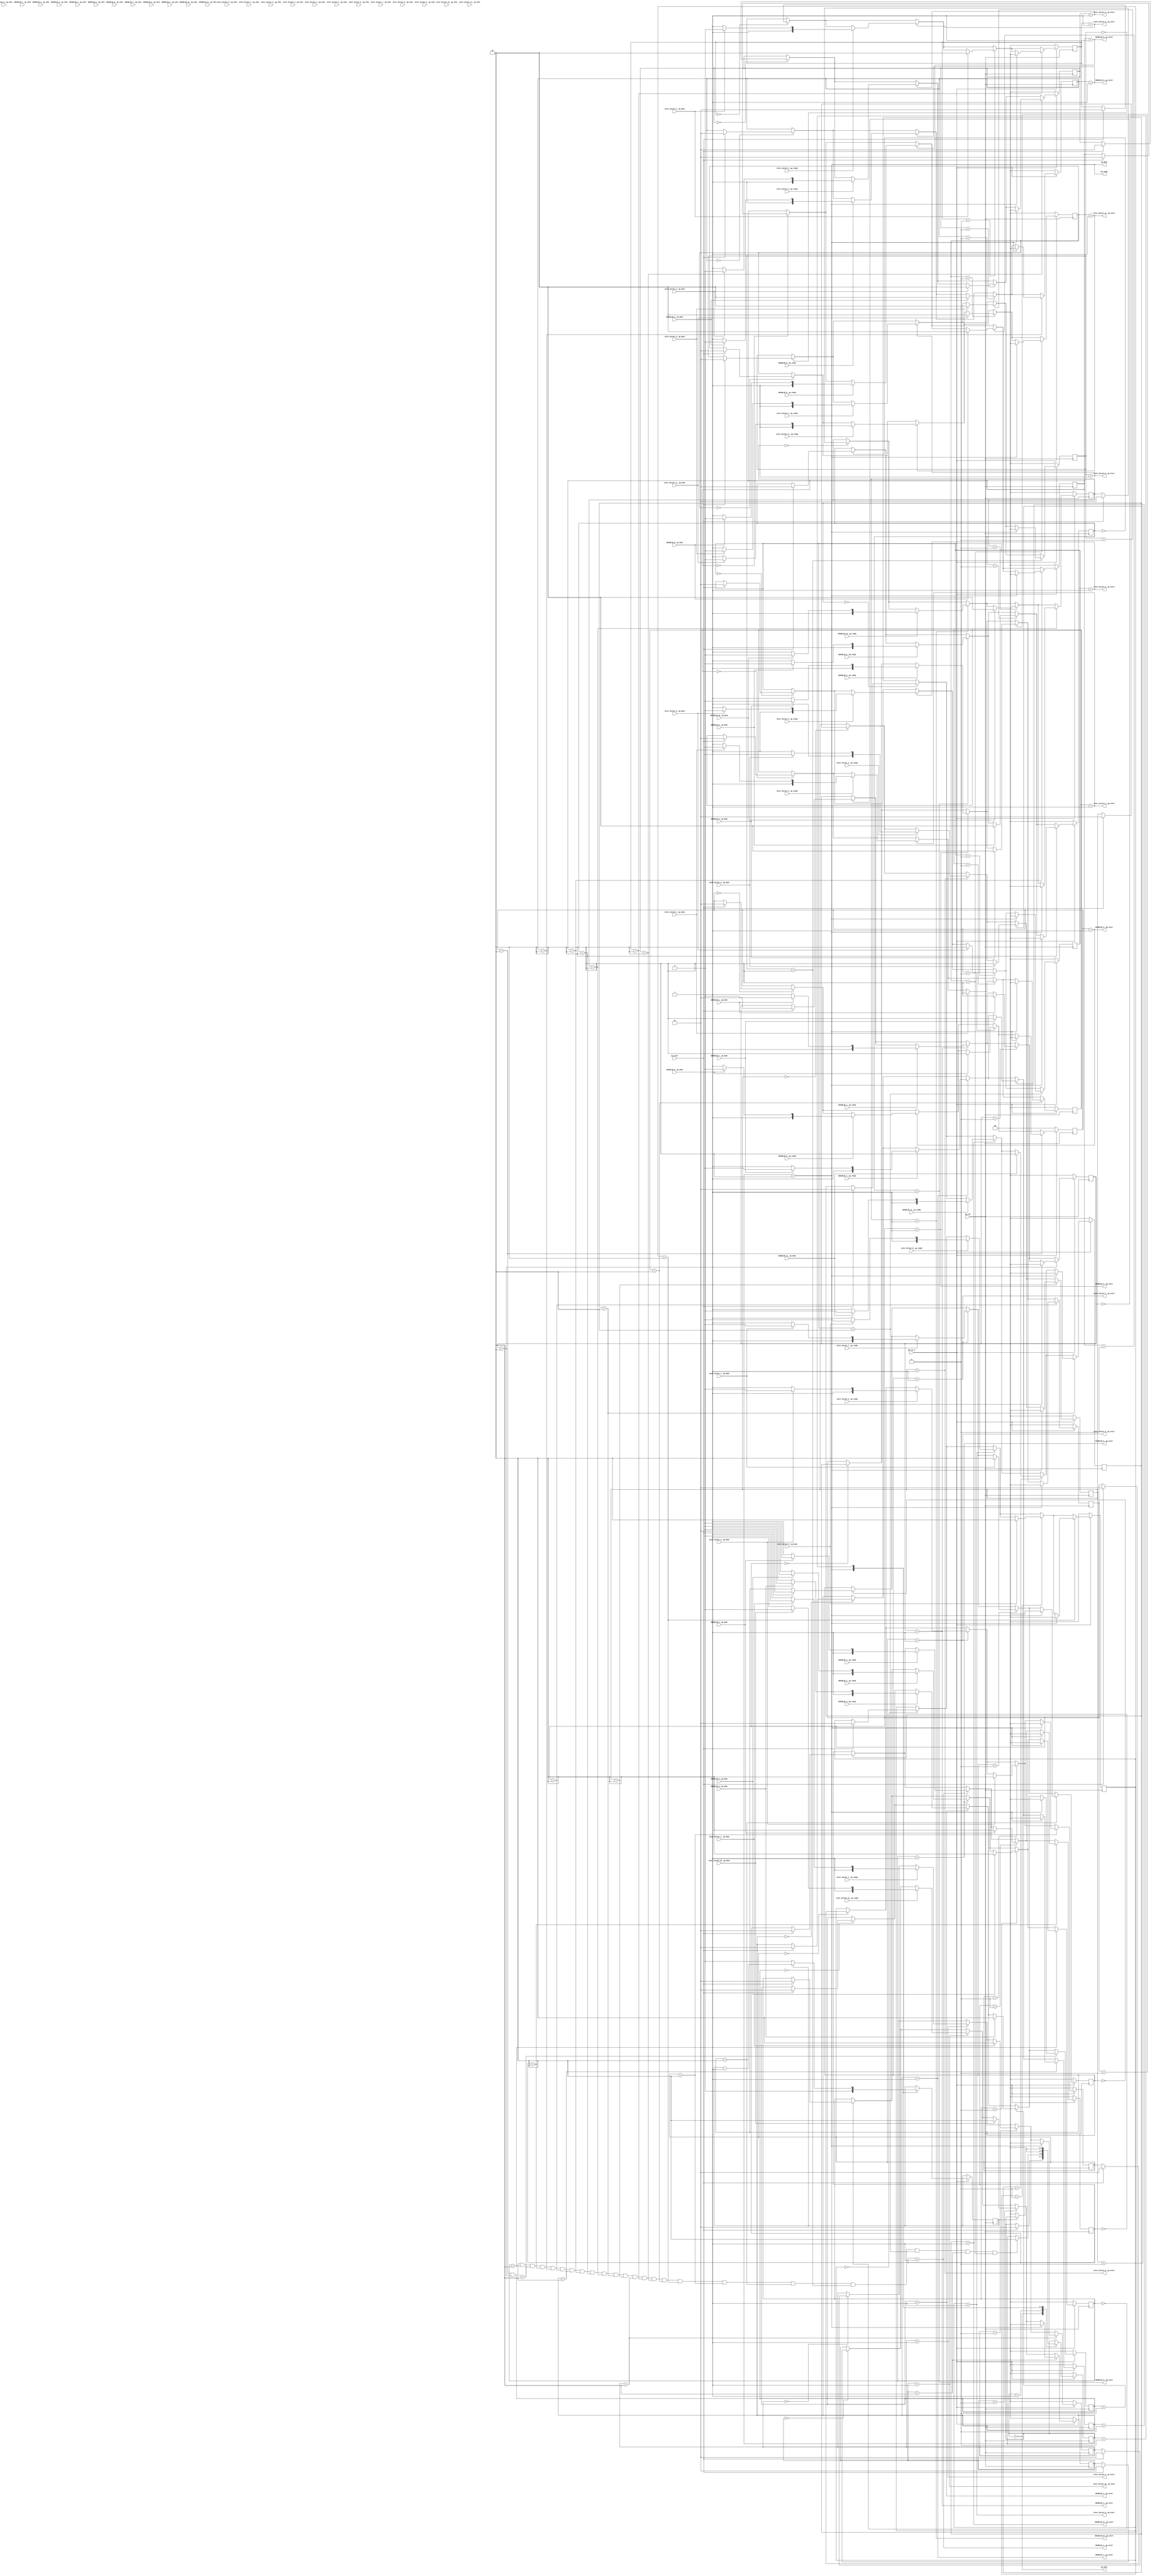


module unikernel_fsm
(
  ap_clk,
  ap_rst_n,
  ap_start,
  ap_ready,
  ap_done,
  ap_idle,
  SEIDEL2D_0__ap_start,
  SEIDEL2D_0__ap_ready,
  SEIDEL2D_0__ap_done,
  SEIDEL2D_0__ap_idle,
  SEIDEL2D_1__ap_start,
  SEIDEL2D_1__ap_ready,
  SEIDEL2D_1__ap_done,
  SEIDEL2D_1__ap_idle,
  SEIDEL2D_2__ap_start,
  SEIDEL2D_2__ap_ready,
  SEIDEL2D_2__ap_done,
  SEIDEL2D_2__ap_idle,
  SEIDEL2D_3__ap_start,
  SEIDEL2D_3__ap_ready,
  SEIDEL2D_3__ap_done,
  SEIDEL2D_3__ap_idle,
  SEIDEL2D_4__ap_start,
  SEIDEL2D_4__ap_ready,
  SEIDEL2D_4__ap_done,
  SEIDEL2D_4__ap_idle,
  SEIDEL2D_5__ap_start,
  SEIDEL2D_5__ap_ready,
  SEIDEL2D_5__ap_done,
  SEIDEL2D_5__ap_idle,
  SEIDEL2D_6__ap_start,
  SEIDEL2D_6__ap_ready,
  SEIDEL2D_6__ap_done,
  SEIDEL2D_6__ap_idle,
  SEIDEL2D_7__ap_start,
  SEIDEL2D_7__ap_ready,
  SEIDEL2D_7__ap_done,
  SEIDEL2D_7__ap_idle,
  SEIDEL2D_8__ap_start,
  SEIDEL2D_8__ap_ready,
  SEIDEL2D_8__ap_done,
  SEIDEL2D_8__ap_idle,
  SEIDEL2D_9__ap_start,
  SEIDEL2D_9__ap_ready,
  SEIDEL2D_9__ap_done,
  SEIDEL2D_9__ap_idle,
  SEIDEL2D_10__ap_start,
  SEIDEL2D_10__ap_ready,
  SEIDEL2D_10__ap_done,
  SEIDEL2D_10__ap_idle,
  SEIDEL2D_11__ap_start,
  SEIDEL2D_11__ap_ready,
  SEIDEL2D_11__ap_done,
  SEIDEL2D_11__ap_idle,
  inter_kernel_0__ap_start,
  inter_kernel_0__ap_ready,
  inter_kernel_0__ap_done,
  inter_kernel_0__ap_idle,
  inter_kernel_1__ap_start,
  inter_kernel_1__ap_ready,
  inter_kernel_1__ap_done,
  inter_kernel_1__ap_idle,
  inter_kernel_2__ap_start,
  inter_kernel_2__ap_ready,
  inter_kernel_2__ap_done,
  inter_kernel_2__ap_idle,
  inter_kernel_3__ap_start,
  inter_kernel_3__ap_ready,
  inter_kernel_3__ap_done,
  inter_kernel_3__ap_idle,
  inter_kernel_4__ap_start,
  inter_kernel_4__ap_ready,
  inter_kernel_4__ap_done,
  inter_kernel_4__ap_idle,
  inter_kernel_5__ap_start,
  inter_kernel_5__ap_ready,
  inter_kernel_5__ap_done,
  inter_kernel_5__ap_idle,
  inter_kernel_6__ap_start,
  inter_kernel_6__ap_ready,
  inter_kernel_6__ap_done,
  inter_kernel_6__ap_idle,
  inter_kernel_7__ap_start,
  inter_kernel_7__ap_ready,
  inter_kernel_7__ap_done,
  inter_kernel_7__ap_idle,
  inter_kernel_8__ap_start,
  inter_kernel_8__ap_ready,
  inter_kernel_8__ap_done,
  inter_kernel_8__ap_idle,
  inter_kernel_9__ap_start,
  inter_kernel_9__ap_ready,
  inter_kernel_9__ap_done,
  inter_kernel_9__ap_idle,
  inter_kernel_10__ap_start,
  inter_kernel_10__ap_ready,
  inter_kernel_10__ap_done,
  inter_kernel_10__ap_idle,
  inter_kernel_11__ap_start,
  inter_kernel_11__ap_ready,
  inter_kernel_11__ap_done,
  inter_kernel_11__ap_idle
);

  (* RS_CLK *)input ap_clk;
  (* RS_RST = "ff" *)input ap_rst_n;
  (* RS_AP_CTRL = "unikernel.ap_start" *)input ap_start;
  (* RS_AP_CTRL = "unikernel.ap_ready" *)output ap_ready;
  (* RS_FF = "unikernel__ap_done" *)output ap_done;
  (* RS_FF = "unikernel__ap_idle" *)output ap_idle;
  (* RS_AP_CTRL = "SEIDEL2D_0.ap_start" *)output SEIDEL2D_0__ap_start;
  (* RS_AP_CTRL = "SEIDEL2D_0.ap_ready" *)input SEIDEL2D_0__ap_ready;
  (* RS_FF = "SEIDEL2D_0__ap_done" *)input SEIDEL2D_0__ap_done;
  (* RS_FF = "SEIDEL2D_0__ap_idle" *)input SEIDEL2D_0__ap_idle;
  (* RS_AP_CTRL = "SEIDEL2D_1.ap_start" *)output SEIDEL2D_1__ap_start;
  (* RS_AP_CTRL = "SEIDEL2D_1.ap_ready" *)input SEIDEL2D_1__ap_ready;
  (* RS_FF = "SEIDEL2D_1__ap_done" *)input SEIDEL2D_1__ap_done;
  (* RS_FF = "SEIDEL2D_1__ap_idle" *)input SEIDEL2D_1__ap_idle;
  (* RS_AP_CTRL = "SEIDEL2D_2.ap_start" *)output SEIDEL2D_2__ap_start;
  (* RS_AP_CTRL = "SEIDEL2D_2.ap_ready" *)input SEIDEL2D_2__ap_ready;
  (* RS_FF = "SEIDEL2D_2__ap_done" *)input SEIDEL2D_2__ap_done;
  (* RS_FF = "SEIDEL2D_2__ap_idle" *)input SEIDEL2D_2__ap_idle;
  (* RS_AP_CTRL = "SEIDEL2D_3.ap_start" *)output SEIDEL2D_3__ap_start;
  (* RS_AP_CTRL = "SEIDEL2D_3.ap_ready" *)input SEIDEL2D_3__ap_ready;
  (* RS_FF = "SEIDEL2D_3__ap_done" *)input SEIDEL2D_3__ap_done;
  (* RS_FF = "SEIDEL2D_3__ap_idle" *)input SEIDEL2D_3__ap_idle;
  (* RS_AP_CTRL = "SEIDEL2D_4.ap_start" *)output SEIDEL2D_4__ap_start;
  (* RS_AP_CTRL = "SEIDEL2D_4.ap_ready" *)input SEIDEL2D_4__ap_ready;
  (* RS_FF = "SEIDEL2D_4__ap_done" *)input SEIDEL2D_4__ap_done;
  (* RS_FF = "SEIDEL2D_4__ap_idle" *)input SEIDEL2D_4__ap_idle;
  (* RS_AP_CTRL = "SEIDEL2D_5.ap_start" *)output SEIDEL2D_5__ap_start;
  (* RS_AP_CTRL = "SEIDEL2D_5.ap_ready" *)input SEIDEL2D_5__ap_ready;
  (* RS_FF = "SEIDEL2D_5__ap_done" *)input SEIDEL2D_5__ap_done;
  (* RS_FF = "SEIDEL2D_5__ap_idle" *)input SEIDEL2D_5__ap_idle;
  (* RS_AP_CTRL = "SEIDEL2D_6.ap_start" *)output SEIDEL2D_6__ap_start;
  (* RS_AP_CTRL = "SEIDEL2D_6.ap_ready" *)input SEIDEL2D_6__ap_ready;
  (* RS_FF = "SEIDEL2D_6__ap_done" *)input SEIDEL2D_6__ap_done;
  (* RS_FF = "SEIDEL2D_6__ap_idle" *)input SEIDEL2D_6__ap_idle;
  (* RS_AP_CTRL = "SEIDEL2D_7.ap_start" *)output SEIDEL2D_7__ap_start;
  (* RS_AP_CTRL = "SEIDEL2D_7.ap_ready" *)input SEIDEL2D_7__ap_ready;
  (* RS_FF = "SEIDEL2D_7__ap_done" *)input SEIDEL2D_7__ap_done;
  (* RS_FF = "SEIDEL2D_7__ap_idle" *)input SEIDEL2D_7__ap_idle;
  (* RS_AP_CTRL = "SEIDEL2D_8.ap_start" *)output SEIDEL2D_8__ap_start;
  (* RS_AP_CTRL = "SEIDEL2D_8.ap_ready" *)input SEIDEL2D_8__ap_ready;
  (* RS_FF = "SEIDEL2D_8__ap_done" *)input SEIDEL2D_8__ap_done;
  (* RS_FF = "SEIDEL2D_8__ap_idle" *)input SEIDEL2D_8__ap_idle;
  (* RS_AP_CTRL = "SEIDEL2D_9.ap_start" *)output SEIDEL2D_9__ap_start;
  (* RS_AP_CTRL = "SEIDEL2D_9.ap_ready" *)input SEIDEL2D_9__ap_ready;
  (* RS_FF = "SEIDEL2D_9__ap_done" *)input SEIDEL2D_9__ap_done;
  (* RS_FF = "SEIDEL2D_9__ap_idle" *)input SEIDEL2D_9__ap_idle;
  (* RS_AP_CTRL = "SEIDEL2D_10.ap_start" *)output SEIDEL2D_10__ap_start;
  (* RS_AP_CTRL = "SEIDEL2D_10.ap_ready" *)input SEIDEL2D_10__ap_ready;
  (* RS_FF = "SEIDEL2D_10__ap_done" *)input SEIDEL2D_10__ap_done;
  (* RS_FF = "SEIDEL2D_10__ap_idle" *)input SEIDEL2D_10__ap_idle;
  (* RS_AP_CTRL = "SEIDEL2D_11.ap_start" *)output SEIDEL2D_11__ap_start;
  (* RS_AP_CTRL = "SEIDEL2D_11.ap_ready" *)input SEIDEL2D_11__ap_ready;
  (* RS_FF = "SEIDEL2D_11__ap_done" *)input SEIDEL2D_11__ap_done;
  (* RS_FF = "SEIDEL2D_11__ap_idle" *)input SEIDEL2D_11__ap_idle;
  (* RS_AP_CTRL = "inter_kernel_0.ap_start" *)output inter_kernel_0__ap_start;
  (* RS_AP_CTRL = "inter_kernel_0.ap_ready" *)input inter_kernel_0__ap_ready;
  (* RS_FF = "inter_kernel_0__ap_done" *)input inter_kernel_0__ap_done;
  (* RS_FF = "inter_kernel_0__ap_idle" *)input inter_kernel_0__ap_idle;
  (* RS_AP_CTRL = "inter_kernel_1.ap_start" *)output inter_kernel_1__ap_start;
  (* RS_AP_CTRL = "inter_kernel_1.ap_ready" *)input inter_kernel_1__ap_ready;
  (* RS_FF = "inter_kernel_1__ap_done" *)input inter_kernel_1__ap_done;
  (* RS_FF = "inter_kernel_1__ap_idle" *)input inter_kernel_1__ap_idle;
  (* RS_AP_CTRL = "inter_kernel_2.ap_start" *)output inter_kernel_2__ap_start;
  (* RS_AP_CTRL = "inter_kernel_2.ap_ready" *)input inter_kernel_2__ap_ready;
  (* RS_FF = "inter_kernel_2__ap_done" *)input inter_kernel_2__ap_done;
  (* RS_FF = "inter_kernel_2__ap_idle" *)input inter_kernel_2__ap_idle;
  (* RS_AP_CTRL = "inter_kernel_3.ap_start" *)output inter_kernel_3__ap_start;
  (* RS_AP_CTRL = "inter_kernel_3.ap_ready" *)input inter_kernel_3__ap_ready;
  (* RS_FF = "inter_kernel_3__ap_done" *)input inter_kernel_3__ap_done;
  (* RS_FF = "inter_kernel_3__ap_idle" *)input inter_kernel_3__ap_idle;
  (* RS_AP_CTRL = "inter_kernel_4.ap_start" *)output inter_kernel_4__ap_start;
  (* RS_AP_CTRL = "inter_kernel_4.ap_ready" *)input inter_kernel_4__ap_ready;
  (* RS_FF = "inter_kernel_4__ap_done" *)input inter_kernel_4__ap_done;
  (* RS_FF = "inter_kernel_4__ap_idle" *)input inter_kernel_4__ap_idle;
  (* RS_AP_CTRL = "inter_kernel_5.ap_start" *)output inter_kernel_5__ap_start;
  (* RS_AP_CTRL = "inter_kernel_5.ap_ready" *)input inter_kernel_5__ap_ready;
  (* RS_FF = "inter_kernel_5__ap_done" *)input inter_kernel_5__ap_done;
  (* RS_FF = "inter_kernel_5__ap_idle" *)input inter_kernel_5__ap_idle;
  (* RS_AP_CTRL = "inter_kernel_6.ap_start" *)output inter_kernel_6__ap_start;
  (* RS_AP_CTRL = "inter_kernel_6.ap_ready" *)input inter_kernel_6__ap_ready;
  (* RS_FF = "inter_kernel_6__ap_done" *)input inter_kernel_6__ap_done;
  (* RS_FF = "inter_kernel_6__ap_idle" *)input inter_kernel_6__ap_idle;
  (* RS_AP_CTRL = "inter_kernel_7.ap_start" *)output inter_kernel_7__ap_start;
  (* RS_AP_CTRL = "inter_kernel_7.ap_ready" *)input inter_kernel_7__ap_ready;
  (* RS_FF = "inter_kernel_7__ap_done" *)input inter_kernel_7__ap_done;
  (* RS_FF = "inter_kernel_7__ap_idle" *)input inter_kernel_7__ap_idle;
  (* RS_AP_CTRL = "inter_kernel_8.ap_start" *)output inter_kernel_8__ap_start;
  (* RS_AP_CTRL = "inter_kernel_8.ap_ready" *)input inter_kernel_8__ap_ready;
  (* RS_FF = "inter_kernel_8__ap_done" *)input inter_kernel_8__ap_done;
  (* RS_FF = "inter_kernel_8__ap_idle" *)input inter_kernel_8__ap_idle;
  (* RS_AP_CTRL = "inter_kernel_9.ap_start" *)output inter_kernel_9__ap_start;
  (* RS_AP_CTRL = "inter_kernel_9.ap_ready" *)input inter_kernel_9__ap_ready;
  (* RS_FF = "inter_kernel_9__ap_done" *)input inter_kernel_9__ap_done;
  (* RS_FF = "inter_kernel_9__ap_idle" *)input inter_kernel_9__ap_idle;
  (* RS_AP_CTRL = "inter_kernel_10.ap_start" *)output inter_kernel_10__ap_start;
  (* RS_AP_CTRL = "inter_kernel_10.ap_ready" *)input inter_kernel_10__ap_ready;
  (* RS_FF = "inter_kernel_10__ap_done" *)input inter_kernel_10__ap_done;
  (* RS_FF = "inter_kernel_10__ap_idle" *)input inter_kernel_10__ap_idle;
  (* RS_AP_CTRL = "inter_kernel_11.ap_start" *)output inter_kernel_11__ap_start;
  (* RS_AP_CTRL = "inter_kernel_11.ap_ready" *)input inter_kernel_11__ap_ready;
  (* RS_FF = "inter_kernel_11__ap_done" *)input inter_kernel_11__ap_done;
  (* RS_FF = "inter_kernel_11__ap_idle" *)input inter_kernel_11__ap_idle;
  wire SEIDEL2D_0__ap_start_global__q0;
  wire SEIDEL2D_0__is_done__q0;
  wire SEIDEL2D_0__ap_done_global__q0;
  wire SEIDEL2D_0__ap_start;
  wire SEIDEL2D_0__ap_ready;
  wire SEIDEL2D_0__ap_done;
  wire SEIDEL2D_0__ap_idle;
  reg [1:0] SEIDEL2D_0__state;
  wire SEIDEL2D_1__ap_start_global__q0;
  wire SEIDEL2D_1__is_done__q0;
  wire SEIDEL2D_1__ap_done_global__q0;
  wire SEIDEL2D_1__ap_start;
  wire SEIDEL2D_1__ap_ready;
  wire SEIDEL2D_1__ap_done;
  wire SEIDEL2D_1__ap_idle;
  reg [1:0] SEIDEL2D_1__state;
  wire SEIDEL2D_2__ap_start_global__q0;
  wire SEIDEL2D_2__is_done__q0;
  wire SEIDEL2D_2__ap_done_global__q0;
  wire SEIDEL2D_2__ap_start;
  wire SEIDEL2D_2__ap_ready;
  wire SEIDEL2D_2__ap_done;
  wire SEIDEL2D_2__ap_idle;
  reg [1:0] SEIDEL2D_2__state;
  wire SEIDEL2D_3__ap_start_global__q0;
  wire SEIDEL2D_3__is_done__q0;
  wire SEIDEL2D_3__ap_done_global__q0;
  wire SEIDEL2D_3__ap_start;
  wire SEIDEL2D_3__ap_ready;
  wire SEIDEL2D_3__ap_done;
  wire SEIDEL2D_3__ap_idle;
  reg [1:0] SEIDEL2D_3__state;
  wire SEIDEL2D_4__ap_start_global__q0;
  wire SEIDEL2D_4__is_done__q0;
  wire SEIDEL2D_4__ap_done_global__q0;
  wire SEIDEL2D_4__ap_start;
  wire SEIDEL2D_4__ap_ready;
  wire SEIDEL2D_4__ap_done;
  wire SEIDEL2D_4__ap_idle;
  reg [1:0] SEIDEL2D_4__state;
  wire SEIDEL2D_5__ap_start_global__q0;
  wire SEIDEL2D_5__is_done__q0;
  wire SEIDEL2D_5__ap_done_global__q0;
  wire SEIDEL2D_5__ap_start;
  wire SEIDEL2D_5__ap_ready;
  wire SEIDEL2D_5__ap_done;
  wire SEIDEL2D_5__ap_idle;
  reg [1:0] SEIDEL2D_5__state;
  wire SEIDEL2D_6__ap_start_global__q0;
  wire SEIDEL2D_6__is_done__q0;
  wire SEIDEL2D_6__ap_done_global__q0;
  wire SEIDEL2D_6__ap_start;
  wire SEIDEL2D_6__ap_ready;
  wire SEIDEL2D_6__ap_done;
  wire SEIDEL2D_6__ap_idle;
  reg [1:0] SEIDEL2D_6__state;
  wire SEIDEL2D_7__ap_start_global__q0;
  wire SEIDEL2D_7__is_done__q0;
  wire SEIDEL2D_7__ap_done_global__q0;
  wire SEIDEL2D_7__ap_start;
  wire SEIDEL2D_7__ap_ready;
  wire SEIDEL2D_7__ap_done;
  wire SEIDEL2D_7__ap_idle;
  reg [1:0] SEIDEL2D_7__state;
  wire SEIDEL2D_8__ap_start_global__q0;
  wire SEIDEL2D_8__is_done__q0;
  wire SEIDEL2D_8__ap_done_global__q0;
  wire SEIDEL2D_8__ap_start;
  wire SEIDEL2D_8__ap_ready;
  wire SEIDEL2D_8__ap_done;
  wire SEIDEL2D_8__ap_idle;
  reg [1:0] SEIDEL2D_8__state;
  wire SEIDEL2D_9__ap_start_global__q0;
  wire SEIDEL2D_9__is_done__q0;
  wire SEIDEL2D_9__ap_done_global__q0;
  wire SEIDEL2D_9__ap_start;
  wire SEIDEL2D_9__ap_ready;
  wire SEIDEL2D_9__ap_done;
  wire SEIDEL2D_9__ap_idle;
  reg [1:0] SEIDEL2D_9__state;
  wire SEIDEL2D_10__ap_start_global__q0;
  wire SEIDEL2D_10__is_done__q0;
  wire SEIDEL2D_10__ap_done_global__q0;
  wire SEIDEL2D_10__ap_start;
  wire SEIDEL2D_10__ap_ready;
  wire SEIDEL2D_10__ap_done;
  wire SEIDEL2D_10__ap_idle;
  reg [1:0] SEIDEL2D_10__state;
  wire SEIDEL2D_11__ap_start_global__q0;
  wire SEIDEL2D_11__is_done__q0;
  wire SEIDEL2D_11__ap_done_global__q0;
  wire SEIDEL2D_11__ap_start;
  wire SEIDEL2D_11__ap_ready;
  wire SEIDEL2D_11__ap_done;
  wire SEIDEL2D_11__ap_idle;
  reg [1:0] SEIDEL2D_11__state;
  wire inter_kernel_0__ap_start_global__q0;
  wire inter_kernel_0__is_done__q0;
  wire inter_kernel_0__ap_done_global__q0;
  wire inter_kernel_0__ap_start;
  wire inter_kernel_0__ap_ready;
  wire inter_kernel_0__ap_done;
  wire inter_kernel_0__ap_idle;
  reg [1:0] inter_kernel_0__state;
  wire inter_kernel_1__ap_start_global__q0;
  wire inter_kernel_1__is_done__q0;
  wire inter_kernel_1__ap_done_global__q0;
  wire inter_kernel_1__ap_start;
  wire inter_kernel_1__ap_ready;
  wire inter_kernel_1__ap_done;
  wire inter_kernel_1__ap_idle;
  reg [1:0] inter_kernel_1__state;
  wire inter_kernel_2__ap_start_global__q0;
  wire inter_kernel_2__is_done__q0;
  wire inter_kernel_2__ap_done_global__q0;
  wire inter_kernel_2__ap_start;
  wire inter_kernel_2__ap_ready;
  wire inter_kernel_2__ap_done;
  wire inter_kernel_2__ap_idle;
  reg [1:0] inter_kernel_2__state;
  wire inter_kernel_3__ap_start_global__q0;
  wire inter_kernel_3__is_done__q0;
  wire inter_kernel_3__ap_done_global__q0;
  wire inter_kernel_3__ap_start;
  wire inter_kernel_3__ap_ready;
  wire inter_kernel_3__ap_done;
  wire inter_kernel_3__ap_idle;
  reg [1:0] inter_kernel_3__state;
  wire inter_kernel_4__ap_start_global__q0;
  wire inter_kernel_4__is_done__q0;
  wire inter_kernel_4__ap_done_global__q0;
  wire inter_kernel_4__ap_start;
  wire inter_kernel_4__ap_ready;
  wire inter_kernel_4__ap_done;
  wire inter_kernel_4__ap_idle;
  reg [1:0] inter_kernel_4__state;
  wire inter_kernel_5__ap_start_global__q0;
  wire inter_kernel_5__is_done__q0;
  wire inter_kernel_5__ap_done_global__q0;
  wire inter_kernel_5__ap_start;
  wire inter_kernel_5__ap_ready;
  wire inter_kernel_5__ap_done;
  wire inter_kernel_5__ap_idle;
  reg [1:0] inter_kernel_5__state;
  wire inter_kernel_6__ap_start_global__q0;
  wire inter_kernel_6__is_done__q0;
  wire inter_kernel_6__ap_done_global__q0;
  wire inter_kernel_6__ap_start;
  wire inter_kernel_6__ap_ready;
  wire inter_kernel_6__ap_done;
  wire inter_kernel_6__ap_idle;
  reg [1:0] inter_kernel_6__state;
  wire inter_kernel_7__ap_start_global__q0;
  wire inter_kernel_7__is_done__q0;
  wire inter_kernel_7__ap_done_global__q0;
  wire inter_kernel_7__ap_start;
  wire inter_kernel_7__ap_ready;
  wire inter_kernel_7__ap_done;
  wire inter_kernel_7__ap_idle;
  reg [1:0] inter_kernel_7__state;
  wire inter_kernel_8__ap_start_global__q0;
  wire inter_kernel_8__is_done__q0;
  wire inter_kernel_8__ap_done_global__q0;
  wire inter_kernel_8__ap_start;
  wire inter_kernel_8__ap_ready;
  wire inter_kernel_8__ap_done;
  wire inter_kernel_8__ap_idle;
  reg [1:0] inter_kernel_8__state;
  wire inter_kernel_9__ap_start_global__q0;
  wire inter_kernel_9__is_done__q0;
  wire inter_kernel_9__ap_done_global__q0;
  wire inter_kernel_9__ap_start;
  wire inter_kernel_9__ap_ready;
  wire inter_kernel_9__ap_done;
  wire inter_kernel_9__ap_idle;
  reg [1:0] inter_kernel_9__state;
  wire inter_kernel_10__ap_start_global__q0;
  wire inter_kernel_10__is_done__q0;
  wire inter_kernel_10__ap_done_global__q0;
  wire inter_kernel_10__ap_start;
  wire inter_kernel_10__ap_ready;
  wire inter_kernel_10__ap_done;
  wire inter_kernel_10__ap_idle;
  reg [1:0] inter_kernel_10__state;
  wire inter_kernel_11__ap_start_global__q0;
  wire inter_kernel_11__is_done__q0;
  wire inter_kernel_11__ap_done_global__q0;
  wire inter_kernel_11__ap_start;
  wire inter_kernel_11__ap_ready;
  wire inter_kernel_11__ap_done;
  wire inter_kernel_11__ap_idle;
  reg [1:0] inter_kernel_11__state;
  reg [1:0] tapa_state;
  reg [0:0] countdown;
  wire ap_start__q0;
  wire ap_done__q0;
  assign SEIDEL2D_0__ap_start_global__q0 = ap_start__q0;
  assign SEIDEL2D_0__is_done__q0 = (SEIDEL2D_0__state == 2'b10);
  assign SEIDEL2D_0__ap_done_global__q0 = ap_done__q0;

  always @(posedge ap_clk) begin
    if(~ap_rst_n) begin
      SEIDEL2D_0__state <= 2'b00;
    end else begin
      if(SEIDEL2D_0__state == 2'b00) begin
        if(SEIDEL2D_0__ap_start_global__q0) begin
          SEIDEL2D_0__state <= 2'b01;
        end
      end
      if(SEIDEL2D_0__state == 2'b01) begin
        if(SEIDEL2D_0__ap_ready) begin
          if(SEIDEL2D_0__ap_done) begin
            SEIDEL2D_0__state <= 2'b10;
          end else begin
            SEIDEL2D_0__state <= 2'b11;
          end
        end
      end
      if(SEIDEL2D_0__state == 2'b11) begin
        if(SEIDEL2D_0__ap_done) begin
          SEIDEL2D_0__state <= 2'b10;
        end
      end
      if(SEIDEL2D_0__state == 2'b10) begin
        if(SEIDEL2D_0__ap_done_global__q0) begin
          SEIDEL2D_0__state <= 2'b00;
        end
      end
    end
  end

  assign SEIDEL2D_0__ap_start = (SEIDEL2D_0__state == 2'b01);
  assign SEIDEL2D_1__ap_start_global__q0 = ap_start__q0;
  assign SEIDEL2D_1__is_done__q0 = (SEIDEL2D_1__state == 2'b10);
  assign SEIDEL2D_1__ap_done_global__q0 = ap_done__q0;

  always @(posedge ap_clk) begin
    if(~ap_rst_n) begin
      SEIDEL2D_1__state <= 2'b00;
    end else begin
      if(SEIDEL2D_1__state == 2'b00) begin
        if(SEIDEL2D_1__ap_start_global__q0) begin
          SEIDEL2D_1__state <= 2'b01;
        end
      end
      if(SEIDEL2D_1__state == 2'b01) begin
        if(SEIDEL2D_1__ap_ready) begin
          if(SEIDEL2D_1__ap_done) begin
            SEIDEL2D_1__state <= 2'b10;
          end else begin
            SEIDEL2D_1__state <= 2'b11;
          end
        end
      end
      if(SEIDEL2D_1__state == 2'b11) begin
        if(SEIDEL2D_1__ap_done) begin
          SEIDEL2D_1__state <= 2'b10;
        end
      end
      if(SEIDEL2D_1__state == 2'b10) begin
        if(SEIDEL2D_1__ap_done_global__q0) begin
          SEIDEL2D_1__state <= 2'b00;
        end
      end
    end
  end

  assign SEIDEL2D_1__ap_start = (SEIDEL2D_1__state == 2'b01);
  assign SEIDEL2D_2__ap_start_global__q0 = ap_start__q0;
  assign SEIDEL2D_2__is_done__q0 = (SEIDEL2D_2__state == 2'b10);
  assign SEIDEL2D_2__ap_done_global__q0 = ap_done__q0;

  always @(posedge ap_clk) begin
    if(~ap_rst_n) begin
      SEIDEL2D_2__state <= 2'b00;
    end else begin
      if(SEIDEL2D_2__state == 2'b00) begin
        if(SEIDEL2D_2__ap_start_global__q0) begin
          SEIDEL2D_2__state <= 2'b01;
        end
      end
      if(SEIDEL2D_2__state == 2'b01) begin
        if(SEIDEL2D_2__ap_ready) begin
          if(SEIDEL2D_2__ap_done) begin
            SEIDEL2D_2__state <= 2'b10;
          end else begin
            SEIDEL2D_2__state <= 2'b11;
          end
        end
      end
      if(SEIDEL2D_2__state == 2'b11) begin
        if(SEIDEL2D_2__ap_done) begin
          SEIDEL2D_2__state <= 2'b10;
        end
      end
      if(SEIDEL2D_2__state == 2'b10) begin
        if(SEIDEL2D_2__ap_done_global__q0) begin
          SEIDEL2D_2__state <= 2'b00;
        end
      end
    end
  end

  assign SEIDEL2D_2__ap_start = (SEIDEL2D_2__state == 2'b01);
  assign SEIDEL2D_3__ap_start_global__q0 = ap_start__q0;
  assign SEIDEL2D_3__is_done__q0 = (SEIDEL2D_3__state == 2'b10);
  assign SEIDEL2D_3__ap_done_global__q0 = ap_done__q0;

  always @(posedge ap_clk) begin
    if(~ap_rst_n) begin
      SEIDEL2D_3__state <= 2'b00;
    end else begin
      if(SEIDEL2D_3__state == 2'b00) begin
        if(SEIDEL2D_3__ap_start_global__q0) begin
          SEIDEL2D_3__state <= 2'b01;
        end
      end
      if(SEIDEL2D_3__state == 2'b01) begin
        if(SEIDEL2D_3__ap_ready) begin
          if(SEIDEL2D_3__ap_done) begin
            SEIDEL2D_3__state <= 2'b10;
          end else begin
            SEIDEL2D_3__state <= 2'b11;
          end
        end
      end
      if(SEIDEL2D_3__state == 2'b11) begin
        if(SEIDEL2D_3__ap_done) begin
          SEIDEL2D_3__state <= 2'b10;
        end
      end
      if(SEIDEL2D_3__state == 2'b10) begin
        if(SEIDEL2D_3__ap_done_global__q0) begin
          SEIDEL2D_3__state <= 2'b00;
        end
      end
    end
  end

  assign SEIDEL2D_3__ap_start = (SEIDEL2D_3__state == 2'b01);
  assign SEIDEL2D_4__ap_start_global__q0 = ap_start__q0;
  assign SEIDEL2D_4__is_done__q0 = (SEIDEL2D_4__state == 2'b10);
  assign SEIDEL2D_4__ap_done_global__q0 = ap_done__q0;

  always @(posedge ap_clk) begin
    if(~ap_rst_n) begin
      SEIDEL2D_4__state <= 2'b00;
    end else begin
      if(SEIDEL2D_4__state == 2'b00) begin
        if(SEIDEL2D_4__ap_start_global__q0) begin
          SEIDEL2D_4__state <= 2'b01;
        end
      end
      if(SEIDEL2D_4__state == 2'b01) begin
        if(SEIDEL2D_4__ap_ready) begin
          if(SEIDEL2D_4__ap_done) begin
            SEIDEL2D_4__state <= 2'b10;
          end else begin
            SEIDEL2D_4__state <= 2'b11;
          end
        end
      end
      if(SEIDEL2D_4__state == 2'b11) begin
        if(SEIDEL2D_4__ap_done) begin
          SEIDEL2D_4__state <= 2'b10;
        end
      end
      if(SEIDEL2D_4__state == 2'b10) begin
        if(SEIDEL2D_4__ap_done_global__q0) begin
          SEIDEL2D_4__state <= 2'b00;
        end
      end
    end
  end

  assign SEIDEL2D_4__ap_start = (SEIDEL2D_4__state == 2'b01);
  assign SEIDEL2D_5__ap_start_global__q0 = ap_start__q0;
  assign SEIDEL2D_5__is_done__q0 = (SEIDEL2D_5__state == 2'b10);
  assign SEIDEL2D_5__ap_done_global__q0 = ap_done__q0;

  always @(posedge ap_clk) begin
    if(~ap_rst_n) begin
      SEIDEL2D_5__state <= 2'b00;
    end else begin
      if(SEIDEL2D_5__state == 2'b00) begin
        if(SEIDEL2D_5__ap_start_global__q0) begin
          SEIDEL2D_5__state <= 2'b01;
        end
      end
      if(SEIDEL2D_5__state == 2'b01) begin
        if(SEIDEL2D_5__ap_ready) begin
          if(SEIDEL2D_5__ap_done) begin
            SEIDEL2D_5__state <= 2'b10;
          end else begin
            SEIDEL2D_5__state <= 2'b11;
          end
        end
      end
      if(SEIDEL2D_5__state == 2'b11) begin
        if(SEIDEL2D_5__ap_done) begin
          SEIDEL2D_5__state <= 2'b10;
        end
      end
      if(SEIDEL2D_5__state == 2'b10) begin
        if(SEIDEL2D_5__ap_done_global__q0) begin
          SEIDEL2D_5__state <= 2'b00;
        end
      end
    end
  end

  assign SEIDEL2D_5__ap_start = (SEIDEL2D_5__state == 2'b01);
  assign SEIDEL2D_6__ap_start_global__q0 = ap_start__q0;
  assign SEIDEL2D_6__is_done__q0 = (SEIDEL2D_6__state == 2'b10);
  assign SEIDEL2D_6__ap_done_global__q0 = ap_done__q0;

  always @(posedge ap_clk) begin
    if(~ap_rst_n) begin
      SEIDEL2D_6__state <= 2'b00;
    end else begin
      if(SEIDEL2D_6__state == 2'b00) begin
        if(SEIDEL2D_6__ap_start_global__q0) begin
          SEIDEL2D_6__state <= 2'b01;
        end
      end
      if(SEIDEL2D_6__state == 2'b01) begin
        if(SEIDEL2D_6__ap_ready) begin
          if(SEIDEL2D_6__ap_done) begin
            SEIDEL2D_6__state <= 2'b10;
          end else begin
            SEIDEL2D_6__state <= 2'b11;
          end
        end
      end
      if(SEIDEL2D_6__state == 2'b11) begin
        if(SEIDEL2D_6__ap_done) begin
          SEIDEL2D_6__state <= 2'b10;
        end
      end
      if(SEIDEL2D_6__state == 2'b10) begin
        if(SEIDEL2D_6__ap_done_global__q0) begin
          SEIDEL2D_6__state <= 2'b00;
        end
      end
    end
  end

  assign SEIDEL2D_6__ap_start = (SEIDEL2D_6__state == 2'b01);
  assign SEIDEL2D_7__ap_start_global__q0 = ap_start__q0;
  assign SEIDEL2D_7__is_done__q0 = (SEIDEL2D_7__state == 2'b10);
  assign SEIDEL2D_7__ap_done_global__q0 = ap_done__q0;

  always @(posedge ap_clk) begin
    if(~ap_rst_n) begin
      SEIDEL2D_7__state <= 2'b00;
    end else begin
      if(SEIDEL2D_7__state == 2'b00) begin
        if(SEIDEL2D_7__ap_start_global__q0) begin
          SEIDEL2D_7__state <= 2'b01;
        end
      end
      if(SEIDEL2D_7__state == 2'b01) begin
        if(SEIDEL2D_7__ap_ready) begin
          if(SEIDEL2D_7__ap_done) begin
            SEIDEL2D_7__state <= 2'b10;
          end else begin
            SEIDEL2D_7__state <= 2'b11;
          end
        end
      end
      if(SEIDEL2D_7__state == 2'b11) begin
        if(SEIDEL2D_7__ap_done) begin
          SEIDEL2D_7__state <= 2'b10;
        end
      end
      if(SEIDEL2D_7__state == 2'b10) begin
        if(SEIDEL2D_7__ap_done_global__q0) begin
          SEIDEL2D_7__state <= 2'b00;
        end
      end
    end
  end

  assign SEIDEL2D_7__ap_start = (SEIDEL2D_7__state == 2'b01);
  assign SEIDEL2D_8__ap_start_global__q0 = ap_start__q0;
  assign SEIDEL2D_8__is_done__q0 = (SEIDEL2D_8__state == 2'b10);
  assign SEIDEL2D_8__ap_done_global__q0 = ap_done__q0;

  always @(posedge ap_clk) begin
    if(~ap_rst_n) begin
      SEIDEL2D_8__state <= 2'b00;
    end else begin
      if(SEIDEL2D_8__state == 2'b00) begin
        if(SEIDEL2D_8__ap_start_global__q0) begin
          SEIDEL2D_8__state <= 2'b01;
        end
      end
      if(SEIDEL2D_8__state == 2'b01) begin
        if(SEIDEL2D_8__ap_ready) begin
          if(SEIDEL2D_8__ap_done) begin
            SEIDEL2D_8__state <= 2'b10;
          end else begin
            SEIDEL2D_8__state <= 2'b11;
          end
        end
      end
      if(SEIDEL2D_8__state == 2'b11) begin
        if(SEIDEL2D_8__ap_done) begin
          SEIDEL2D_8__state <= 2'b10;
        end
      end
      if(SEIDEL2D_8__state == 2'b10) begin
        if(SEIDEL2D_8__ap_done_global__q0) begin
          SEIDEL2D_8__state <= 2'b00;
        end
      end
    end
  end

  assign SEIDEL2D_8__ap_start = (SEIDEL2D_8__state == 2'b01);
  assign SEIDEL2D_9__ap_start_global__q0 = ap_start__q0;
  assign SEIDEL2D_9__is_done__q0 = (SEIDEL2D_9__state == 2'b10);
  assign SEIDEL2D_9__ap_done_global__q0 = ap_done__q0;

  always @(posedge ap_clk) begin
    if(~ap_rst_n) begin
      SEIDEL2D_9__state <= 2'b00;
    end else begin
      if(SEIDEL2D_9__state == 2'b00) begin
        if(SEIDEL2D_9__ap_start_global__q0) begin
          SEIDEL2D_9__state <= 2'b01;
        end
      end
      if(SEIDEL2D_9__state == 2'b01) begin
        if(SEIDEL2D_9__ap_ready) begin
          if(SEIDEL2D_9__ap_done) begin
            SEIDEL2D_9__state <= 2'b10;
          end else begin
            SEIDEL2D_9__state <= 2'b11;
          end
        end
      end
      if(SEIDEL2D_9__state == 2'b11) begin
        if(SEIDEL2D_9__ap_done) begin
          SEIDEL2D_9__state <= 2'b10;
        end
      end
      if(SEIDEL2D_9__state == 2'b10) begin
        if(SEIDEL2D_9__ap_done_global__q0) begin
          SEIDEL2D_9__state <= 2'b00;
        end
      end
    end
  end

  assign SEIDEL2D_9__ap_start = (SEIDEL2D_9__state == 2'b01);
  assign SEIDEL2D_10__ap_start_global__q0 = ap_start__q0;
  assign SEIDEL2D_10__is_done__q0 = (SEIDEL2D_10__state == 2'b10);
  assign SEIDEL2D_10__ap_done_global__q0 = ap_done__q0;

  always @(posedge ap_clk) begin
    if(~ap_rst_n) begin
      SEIDEL2D_10__state <= 2'b00;
    end else begin
      if(SEIDEL2D_10__state == 2'b00) begin
        if(SEIDEL2D_10__ap_start_global__q0) begin
          SEIDEL2D_10__state <= 2'b01;
        end
      end
      if(SEIDEL2D_10__state == 2'b01) begin
        if(SEIDEL2D_10__ap_ready) begin
          if(SEIDEL2D_10__ap_done) begin
            SEIDEL2D_10__state <= 2'b10;
          end else begin
            SEIDEL2D_10__state <= 2'b11;
          end
        end
      end
      if(SEIDEL2D_10__state == 2'b11) begin
        if(SEIDEL2D_10__ap_done) begin
          SEIDEL2D_10__state <= 2'b10;
        end
      end
      if(SEIDEL2D_10__state == 2'b10) begin
        if(SEIDEL2D_10__ap_done_global__q0) begin
          SEIDEL2D_10__state <= 2'b00;
        end
      end
    end
  end

  assign SEIDEL2D_10__ap_start = (SEIDEL2D_10__state == 2'b01);
  assign SEIDEL2D_11__ap_start_global__q0 = ap_start__q0;
  assign SEIDEL2D_11__is_done__q0 = (SEIDEL2D_11__state == 2'b10);
  assign SEIDEL2D_11__ap_done_global__q0 = ap_done__q0;

  always @(posedge ap_clk) begin
    if(~ap_rst_n) begin
      SEIDEL2D_11__state <= 2'b00;
    end else begin
      if(SEIDEL2D_11__state == 2'b00) begin
        if(SEIDEL2D_11__ap_start_global__q0) begin
          SEIDEL2D_11__state <= 2'b01;
        end
      end
      if(SEIDEL2D_11__state == 2'b01) begin
        if(SEIDEL2D_11__ap_ready) begin
          if(SEIDEL2D_11__ap_done) begin
            SEIDEL2D_11__state <= 2'b10;
          end else begin
            SEIDEL2D_11__state <= 2'b11;
          end
        end
      end
      if(SEIDEL2D_11__state == 2'b11) begin
        if(SEIDEL2D_11__ap_done) begin
          SEIDEL2D_11__state <= 2'b10;
        end
      end
      if(SEIDEL2D_11__state == 2'b10) begin
        if(SEIDEL2D_11__ap_done_global__q0) begin
          SEIDEL2D_11__state <= 2'b00;
        end
      end
    end
  end

  assign SEIDEL2D_11__ap_start = (SEIDEL2D_11__state == 2'b01);
  assign inter_kernel_0__ap_start_global__q0 = ap_start__q0;
  assign inter_kernel_0__is_done__q0 = (inter_kernel_0__state == 2'b10);
  assign inter_kernel_0__ap_done_global__q0 = ap_done__q0;

  always @(posedge ap_clk) begin
    if(~ap_rst_n) begin
      inter_kernel_0__state <= 2'b00;
    end else begin
      if(inter_kernel_0__state == 2'b00) begin
        if(inter_kernel_0__ap_start_global__q0) begin
          inter_kernel_0__state <= 2'b01;
        end
      end
      if(inter_kernel_0__state == 2'b01) begin
        if(inter_kernel_0__ap_ready) begin
          if(inter_kernel_0__ap_done) begin
            inter_kernel_0__state <= 2'b10;
          end else begin
            inter_kernel_0__state <= 2'b11;
          end
        end
      end
      if(inter_kernel_0__state == 2'b11) begin
        if(inter_kernel_0__ap_done) begin
          inter_kernel_0__state <= 2'b10;
        end
      end
      if(inter_kernel_0__state == 2'b10) begin
        if(inter_kernel_0__ap_done_global__q0) begin
          inter_kernel_0__state <= 2'b00;
        end
      end
    end
  end

  assign inter_kernel_0__ap_start = (inter_kernel_0__state == 2'b01);
  assign inter_kernel_1__ap_start_global__q0 = ap_start__q0;
  assign inter_kernel_1__is_done__q0 = (inter_kernel_1__state == 2'b10);
  assign inter_kernel_1__ap_done_global__q0 = ap_done__q0;

  always @(posedge ap_clk) begin
    if(~ap_rst_n) begin
      inter_kernel_1__state <= 2'b00;
    end else begin
      if(inter_kernel_1__state == 2'b00) begin
        if(inter_kernel_1__ap_start_global__q0) begin
          inter_kernel_1__state <= 2'b01;
        end
      end
      if(inter_kernel_1__state == 2'b01) begin
        if(inter_kernel_1__ap_ready) begin
          if(inter_kernel_1__ap_done) begin
            inter_kernel_1__state <= 2'b10;
          end else begin
            inter_kernel_1__state <= 2'b11;
          end
        end
      end
      if(inter_kernel_1__state == 2'b11) begin
        if(inter_kernel_1__ap_done) begin
          inter_kernel_1__state <= 2'b10;
        end
      end
      if(inter_kernel_1__state == 2'b10) begin
        if(inter_kernel_1__ap_done_global__q0) begin
          inter_kernel_1__state <= 2'b00;
        end
      end
    end
  end

  assign inter_kernel_1__ap_start = (inter_kernel_1__state == 2'b01);
  assign inter_kernel_2__ap_start_global__q0 = ap_start__q0;
  assign inter_kernel_2__is_done__q0 = (inter_kernel_2__state == 2'b10);
  assign inter_kernel_2__ap_done_global__q0 = ap_done__q0;

  always @(posedge ap_clk) begin
    if(~ap_rst_n) begin
      inter_kernel_2__state <= 2'b00;
    end else begin
      if(inter_kernel_2__state == 2'b00) begin
        if(inter_kernel_2__ap_start_global__q0) begin
          inter_kernel_2__state <= 2'b01;
        end
      end
      if(inter_kernel_2__state == 2'b01) begin
        if(inter_kernel_2__ap_ready) begin
          if(inter_kernel_2__ap_done) begin
            inter_kernel_2__state <= 2'b10;
          end else begin
            inter_kernel_2__state <= 2'b11;
          end
        end
      end
      if(inter_kernel_2__state == 2'b11) begin
        if(inter_kernel_2__ap_done) begin
          inter_kernel_2__state <= 2'b10;
        end
      end
      if(inter_kernel_2__state == 2'b10) begin
        if(inter_kernel_2__ap_done_global__q0) begin
          inter_kernel_2__state <= 2'b00;
        end
      end
    end
  end

  assign inter_kernel_2__ap_start = (inter_kernel_2__state == 2'b01);
  assign inter_kernel_3__ap_start_global__q0 = ap_start__q0;
  assign inter_kernel_3__is_done__q0 = (inter_kernel_3__state == 2'b10);
  assign inter_kernel_3__ap_done_global__q0 = ap_done__q0;

  always @(posedge ap_clk) begin
    if(~ap_rst_n) begin
      inter_kernel_3__state <= 2'b00;
    end else begin
      if(inter_kernel_3__state == 2'b00) begin
        if(inter_kernel_3__ap_start_global__q0) begin
          inter_kernel_3__state <= 2'b01;
        end
      end
      if(inter_kernel_3__state == 2'b01) begin
        if(inter_kernel_3__ap_ready) begin
          if(inter_kernel_3__ap_done) begin
            inter_kernel_3__state <= 2'b10;
          end else begin
            inter_kernel_3__state <= 2'b11;
          end
        end
      end
      if(inter_kernel_3__state == 2'b11) begin
        if(inter_kernel_3__ap_done) begin
          inter_kernel_3__state <= 2'b10;
        end
      end
      if(inter_kernel_3__state == 2'b10) begin
        if(inter_kernel_3__ap_done_global__q0) begin
          inter_kernel_3__state <= 2'b00;
        end
      end
    end
  end

  assign inter_kernel_3__ap_start = (inter_kernel_3__state == 2'b01);
  assign inter_kernel_4__ap_start_global__q0 = ap_start__q0;
  assign inter_kernel_4__is_done__q0 = (inter_kernel_4__state == 2'b10);
  assign inter_kernel_4__ap_done_global__q0 = ap_done__q0;

  always @(posedge ap_clk) begin
    if(~ap_rst_n) begin
      inter_kernel_4__state <= 2'b00;
    end else begin
      if(inter_kernel_4__state == 2'b00) begin
        if(inter_kernel_4__ap_start_global__q0) begin
          inter_kernel_4__state <= 2'b01;
        end
      end
      if(inter_kernel_4__state == 2'b01) begin
        if(inter_kernel_4__ap_ready) begin
          if(inter_kernel_4__ap_done) begin
            inter_kernel_4__state <= 2'b10;
          end else begin
            inter_kernel_4__state <= 2'b11;
          end
        end
      end
      if(inter_kernel_4__state == 2'b11) begin
        if(inter_kernel_4__ap_done) begin
          inter_kernel_4__state <= 2'b10;
        end
      end
      if(inter_kernel_4__state == 2'b10) begin
        if(inter_kernel_4__ap_done_global__q0) begin
          inter_kernel_4__state <= 2'b00;
        end
      end
    end
  end

  assign inter_kernel_4__ap_start = (inter_kernel_4__state == 2'b01);
  assign inter_kernel_5__ap_start_global__q0 = ap_start__q0;
  assign inter_kernel_5__is_done__q0 = (inter_kernel_5__state == 2'b10);
  assign inter_kernel_5__ap_done_global__q0 = ap_done__q0;

  always @(posedge ap_clk) begin
    if(~ap_rst_n) begin
      inter_kernel_5__state <= 2'b00;
    end else begin
      if(inter_kernel_5__state == 2'b00) begin
        if(inter_kernel_5__ap_start_global__q0) begin
          inter_kernel_5__state <= 2'b01;
        end
      end
      if(inter_kernel_5__state == 2'b01) begin
        if(inter_kernel_5__ap_ready) begin
          if(inter_kernel_5__ap_done) begin
            inter_kernel_5__state <= 2'b10;
          end else begin
            inter_kernel_5__state <= 2'b11;
          end
        end
      end
      if(inter_kernel_5__state == 2'b11) begin
        if(inter_kernel_5__ap_done) begin
          inter_kernel_5__state <= 2'b10;
        end
      end
      if(inter_kernel_5__state == 2'b10) begin
        if(inter_kernel_5__ap_done_global__q0) begin
          inter_kernel_5__state <= 2'b00;
        end
      end
    end
  end

  assign inter_kernel_5__ap_start = (inter_kernel_5__state == 2'b01);
  assign inter_kernel_6__ap_start_global__q0 = ap_start__q0;
  assign inter_kernel_6__is_done__q0 = (inter_kernel_6__state == 2'b10);
  assign inter_kernel_6__ap_done_global__q0 = ap_done__q0;

  always @(posedge ap_clk) begin
    if(~ap_rst_n) begin
      inter_kernel_6__state <= 2'b00;
    end else begin
      if(inter_kernel_6__state == 2'b00) begin
        if(inter_kernel_6__ap_start_global__q0) begin
          inter_kernel_6__state <= 2'b01;
        end
      end
      if(inter_kernel_6__state == 2'b01) begin
        if(inter_kernel_6__ap_ready) begin
          if(inter_kernel_6__ap_done) begin
            inter_kernel_6__state <= 2'b10;
          end else begin
            inter_kernel_6__state <= 2'b11;
          end
        end
      end
      if(inter_kernel_6__state == 2'b11) begin
        if(inter_kernel_6__ap_done) begin
          inter_kernel_6__state <= 2'b10;
        end
      end
      if(inter_kernel_6__state == 2'b10) begin
        if(inter_kernel_6__ap_done_global__q0) begin
          inter_kernel_6__state <= 2'b00;
        end
      end
    end
  end

  assign inter_kernel_6__ap_start = (inter_kernel_6__state == 2'b01);
  assign inter_kernel_7__ap_start_global__q0 = ap_start__q0;
  assign inter_kernel_7__is_done__q0 = (inter_kernel_7__state == 2'b10);
  assign inter_kernel_7__ap_done_global__q0 = ap_done__q0;

  always @(posedge ap_clk) begin
    if(~ap_rst_n) begin
      inter_kernel_7__state <= 2'b00;
    end else begin
      if(inter_kernel_7__state == 2'b00) begin
        if(inter_kernel_7__ap_start_global__q0) begin
          inter_kernel_7__state <= 2'b01;
        end
      end
      if(inter_kernel_7__state == 2'b01) begin
        if(inter_kernel_7__ap_ready) begin
          if(inter_kernel_7__ap_done) begin
            inter_kernel_7__state <= 2'b10;
          end else begin
            inter_kernel_7__state <= 2'b11;
          end
        end
      end
      if(inter_kernel_7__state == 2'b11) begin
        if(inter_kernel_7__ap_done) begin
          inter_kernel_7__state <= 2'b10;
        end
      end
      if(inter_kernel_7__state == 2'b10) begin
        if(inter_kernel_7__ap_done_global__q0) begin
          inter_kernel_7__state <= 2'b00;
        end
      end
    end
  end

  assign inter_kernel_7__ap_start = (inter_kernel_7__state == 2'b01);
  assign inter_kernel_8__ap_start_global__q0 = ap_start__q0;
  assign inter_kernel_8__is_done__q0 = (inter_kernel_8__state == 2'b10);
  assign inter_kernel_8__ap_done_global__q0 = ap_done__q0;

  always @(posedge ap_clk) begin
    if(~ap_rst_n) begin
      inter_kernel_8__state <= 2'b00;
    end else begin
      if(inter_kernel_8__state == 2'b00) begin
        if(inter_kernel_8__ap_start_global__q0) begin
          inter_kernel_8__state <= 2'b01;
        end
      end
      if(inter_kernel_8__state == 2'b01) begin
        if(inter_kernel_8__ap_ready) begin
          if(inter_kernel_8__ap_done) begin
            inter_kernel_8__state <= 2'b10;
          end else begin
            inter_kernel_8__state <= 2'b11;
          end
        end
      end
      if(inter_kernel_8__state == 2'b11) begin
        if(inter_kernel_8__ap_done) begin
          inter_kernel_8__state <= 2'b10;
        end
      end
      if(inter_kernel_8__state == 2'b10) begin
        if(inter_kernel_8__ap_done_global__q0) begin
          inter_kernel_8__state <= 2'b00;
        end
      end
    end
  end

  assign inter_kernel_8__ap_start = (inter_kernel_8__state == 2'b01);
  assign inter_kernel_9__ap_start_global__q0 = ap_start__q0;
  assign inter_kernel_9__is_done__q0 = (inter_kernel_9__state == 2'b10);
  assign inter_kernel_9__ap_done_global__q0 = ap_done__q0;

  always @(posedge ap_clk) begin
    if(~ap_rst_n) begin
      inter_kernel_9__state <= 2'b00;
    end else begin
      if(inter_kernel_9__state == 2'b00) begin
        if(inter_kernel_9__ap_start_global__q0) begin
          inter_kernel_9__state <= 2'b01;
        end
      end
      if(inter_kernel_9__state == 2'b01) begin
        if(inter_kernel_9__ap_ready) begin
          if(inter_kernel_9__ap_done) begin
            inter_kernel_9__state <= 2'b10;
          end else begin
            inter_kernel_9__state <= 2'b11;
          end
        end
      end
      if(inter_kernel_9__state == 2'b11) begin
        if(inter_kernel_9__ap_done) begin
          inter_kernel_9__state <= 2'b10;
        end
      end
      if(inter_kernel_9__state == 2'b10) begin
        if(inter_kernel_9__ap_done_global__q0) begin
          inter_kernel_9__state <= 2'b00;
        end
      end
    end
  end

  assign inter_kernel_9__ap_start = (inter_kernel_9__state == 2'b01);
  assign inter_kernel_10__ap_start_global__q0 = ap_start__q0;
  assign inter_kernel_10__is_done__q0 = (inter_kernel_10__state == 2'b10);
  assign inter_kernel_10__ap_done_global__q0 = ap_done__q0;

  always @(posedge ap_clk) begin
    if(~ap_rst_n) begin
      inter_kernel_10__state <= 2'b00;
    end else begin
      if(inter_kernel_10__state == 2'b00) begin
        if(inter_kernel_10__ap_start_global__q0) begin
          inter_kernel_10__state <= 2'b01;
        end
      end
      if(inter_kernel_10__state == 2'b01) begin
        if(inter_kernel_10__ap_ready) begin
          if(inter_kernel_10__ap_done) begin
            inter_kernel_10__state <= 2'b10;
          end else begin
            inter_kernel_10__state <= 2'b11;
          end
        end
      end
      if(inter_kernel_10__state == 2'b11) begin
        if(inter_kernel_10__ap_done) begin
          inter_kernel_10__state <= 2'b10;
        end
      end
      if(inter_kernel_10__state == 2'b10) begin
        if(inter_kernel_10__ap_done_global__q0) begin
          inter_kernel_10__state <= 2'b00;
        end
      end
    end
  end

  assign inter_kernel_10__ap_start = (inter_kernel_10__state == 2'b01);
  assign inter_kernel_11__ap_start_global__q0 = ap_start__q0;
  assign inter_kernel_11__is_done__q0 = (inter_kernel_11__state == 2'b10);
  assign inter_kernel_11__ap_done_global__q0 = ap_done__q0;

  always @(posedge ap_clk) begin
    if(~ap_rst_n) begin
      inter_kernel_11__state <= 2'b00;
    end else begin
      if(inter_kernel_11__state == 2'b00) begin
        if(inter_kernel_11__ap_start_global__q0) begin
          inter_kernel_11__state <= 2'b01;
        end
      end
      if(inter_kernel_11__state == 2'b01) begin
        if(inter_kernel_11__ap_ready) begin
          if(inter_kernel_11__ap_done) begin
            inter_kernel_11__state <= 2'b10;
          end else begin
            inter_kernel_11__state <= 2'b11;
          end
        end
      end
      if(inter_kernel_11__state == 2'b11) begin
        if(inter_kernel_11__ap_done) begin
          inter_kernel_11__state <= 2'b10;
        end
      end
      if(inter_kernel_11__state == 2'b10) begin
        if(inter_kernel_11__ap_done_global__q0) begin
          inter_kernel_11__state <= 2'b00;
        end
      end
    end
  end

  assign inter_kernel_11__ap_start = (inter_kernel_11__state == 2'b01);

  always @(posedge ap_clk) begin
    if(~ap_rst_n) begin
      tapa_state <= 2'b00;
    end else begin
      case(tapa_state)
        2'b00: begin
          if(ap_start__q0) begin
            tapa_state <= 2'b01;
          end
        end
        2'b01: begin
          if(SEIDEL2D_0__is_done__q0 && SEIDEL2D_1__is_done__q0 && SEIDEL2D_2__is_done__q0 && SEIDEL2D_3__is_done__q0 && SEIDEL2D_4__is_done__q0 && SEIDEL2D_5__is_done__q0 && SEIDEL2D_6__is_done__q0 && SEIDEL2D_7__is_done__q0 && SEIDEL2D_8__is_done__q0 && SEIDEL2D_9__is_done__q0 && SEIDEL2D_10__is_done__q0 && SEIDEL2D_11__is_done__q0 && inter_kernel_0__is_done__q0 && inter_kernel_1__is_done__q0 && inter_kernel_2__is_done__q0 && inter_kernel_3__is_done__q0 && inter_kernel_4__is_done__q0 && inter_kernel_5__is_done__q0 && inter_kernel_6__is_done__q0 && inter_kernel_7__is_done__q0 && inter_kernel_8__is_done__q0 && inter_kernel_9__is_done__q0 && inter_kernel_10__is_done__q0 && inter_kernel_11__is_done__q0) begin
            tapa_state <= 2'b10;
          end
        end
        2'b10: begin
          tapa_state <= 2'b00;
          countdown <= 1'd0;
        end
        2'b11: begin
          if(countdown == 1'd0) begin
            tapa_state <= 2'b00;
          end else begin
            countdown <= (countdown - 1'd1);
          end
        end
      endcase
    end
  end

  assign ap_idle = (tapa_state == 2'b00);
  assign ap_done = ap_done__q0;
  assign ap_ready = ap_done__q0;
  assign ap_start__q0 = ap_start;
  assign ap_done__q0 = (tapa_state == 2'b10);

endmodule